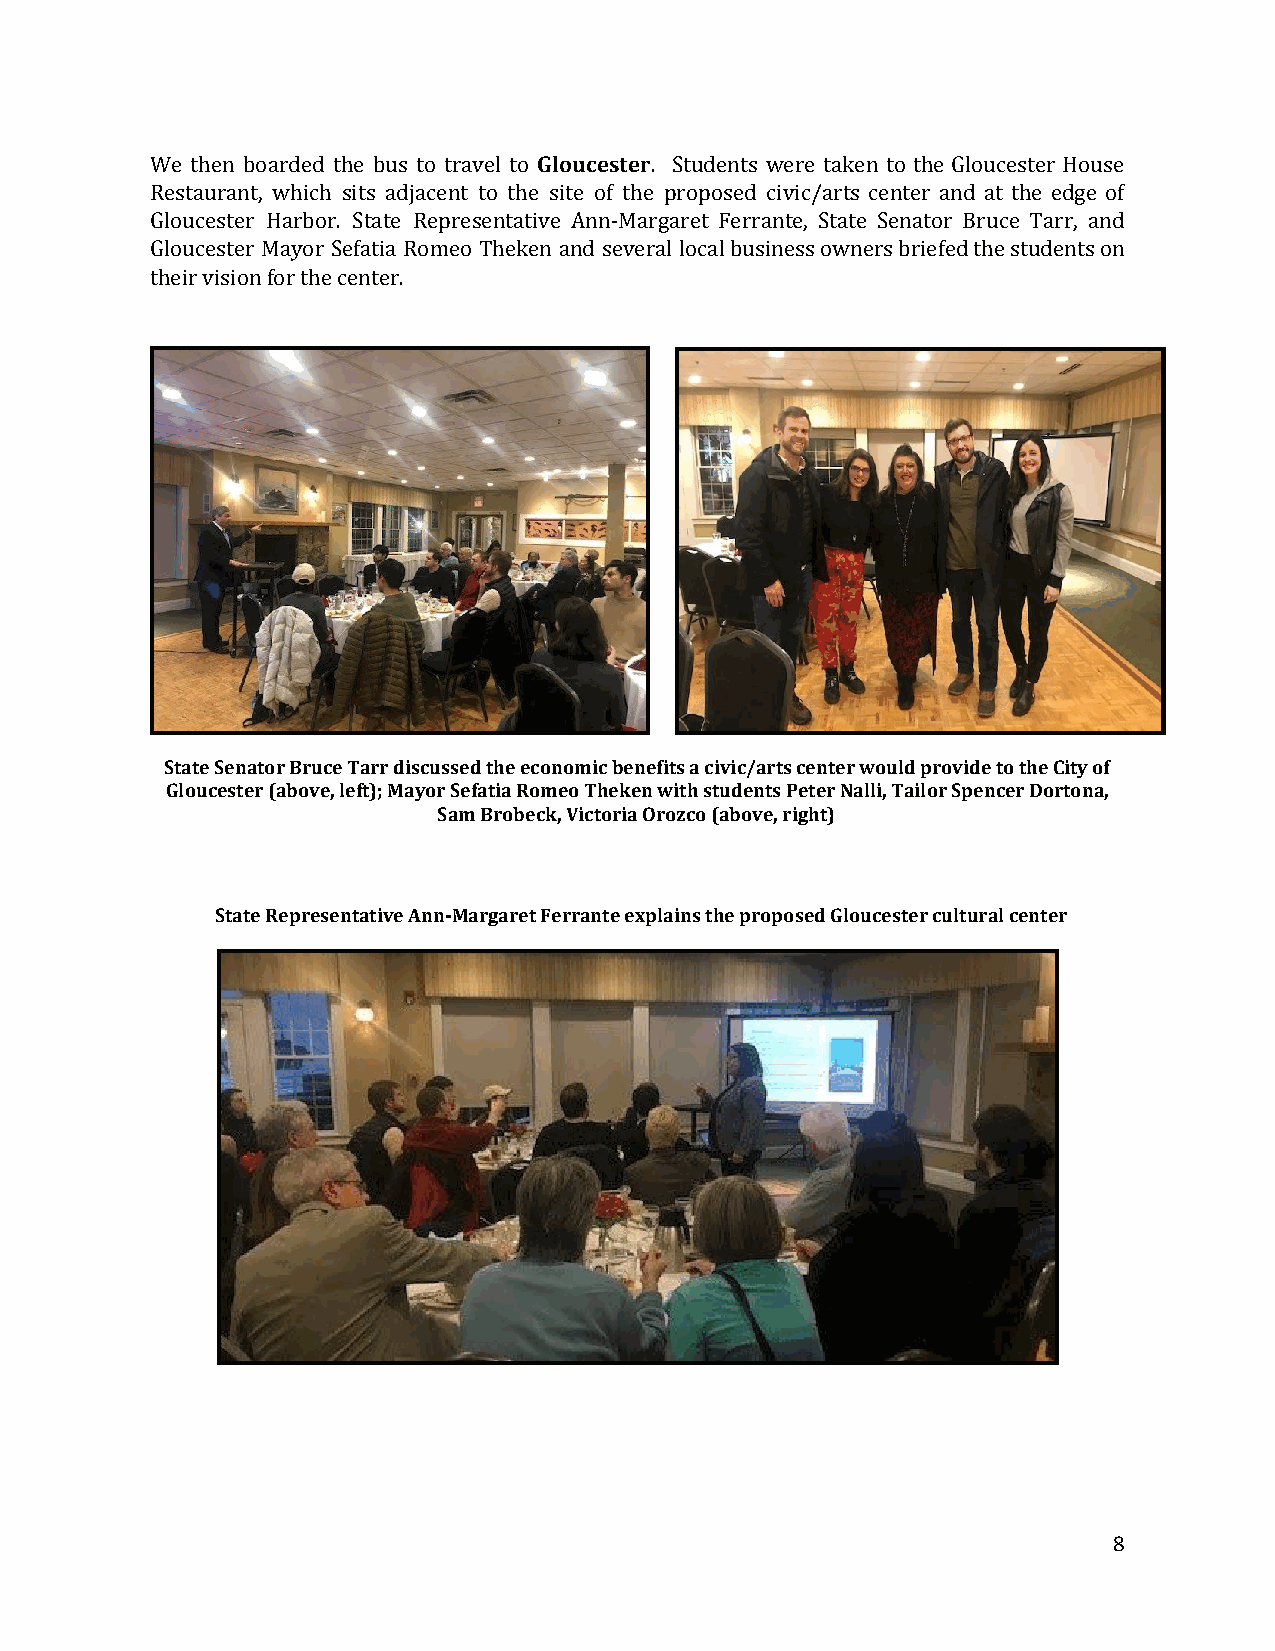
We then boarded the bus to travel to Gloucester. Students were taken to the Gloucester House
 ​      ​
 Restaurant, which sits adjacent to the site of the proposed civic/arts center and at the edge of
 Gloucester Harbor. State Representative Ann-Margaret Ferrante, State Senator Bruce Tarr, and
 Gloucester Mayor Sefatia Romeo Theken and several local business owners briefed the students on
 their vision for the center.
 State Senator Bruce Tarr discussed the economic benefits a civic/arts center would provide to the City of
 Gloucester (above, left); Mayor Sefatia Romeo Theken with students Peter Nalli, Tailor Spencer Dortona,
 Sam Brobeck, Victoria Orozco (above, right)
 State Representative Ann-Margaret Ferrante explains the proposed Gloucester cultural center
 ​ ​
 8